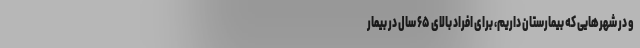
و در شهرهایی که بیمارستان داریم، برای افراد بالای ۶۵ سال در بیمار